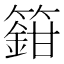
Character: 𬕸